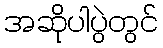
အဆိုပါပွဲတွင်